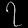
Digit: ၇